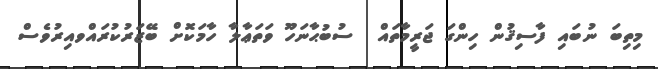
މިތިބަ ނުބައި ފާސިޤުން ހިންގަ ޖަރީމާތައް  ސުބުޙާނަހޫ ވަތަޢާލާ ހާމަކޮށް ބޭޒަރުކުރައްވއިރުވެސް